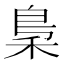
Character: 𱶉